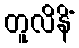
တူလိနိံ